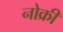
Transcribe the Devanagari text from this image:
नोक्री